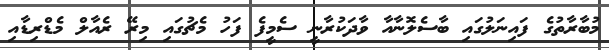
މުބާރާތުގެ ފައިނަލުގައި ބާސެލޮނާއާ ވާދަކުރާނީ ސެމީފެ ފަހު މެޗުގައި މިރޭ ރެއާލް މެޑްރިޑާއި